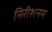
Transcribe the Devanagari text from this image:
निरीशनम